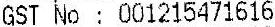
GST NO : 001215471616